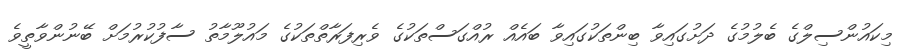
މިކައުންސިލްގެ ބެލުމުގެ ދަށުގައިވާ ބިންތަކުގައިވާ ބައެއް ރުއްގަސްތަކުގެ ވެރިފަރާތްތަކުގެ މައުލޫމާތު ސާފުކުރުމަށް ބޭނުންވާތީވެ